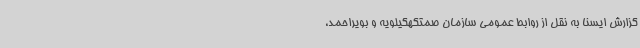
گزارش ایسنا به نقل از روابط عمومی سازمان صمتکهگیلویه و بویراحمد،